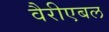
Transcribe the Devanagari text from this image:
वैरीएबल